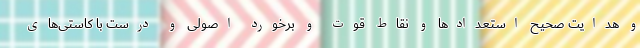
و هدایت صحیح استعدادها و نقاط قوت و برخورد اصولی و درست با کاستی‌های